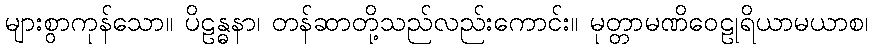
များစွာကုန်သော။ ပိဠန္ဓနာ၊ တန်ဆာတို့သည်လည်းကောင်း။ မုတ္တာမဏိဝေဠုရိယာမယာစ၊